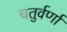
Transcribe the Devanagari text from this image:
चतुर्वर्णा